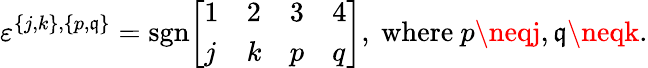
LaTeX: \varepsilon^{\{ j,k\} ,\{ p,\mathfrak{q}\} }={\mathrm{{sgn}}}{\left[\begin{array}{llll}{1}&{2}&{3}&{4}\\ {j}&{k}&{p}&{q}\end{array}\right]},{\mathrm{{~where~}}}p\neqj,\mathfrak{q}\neqk.